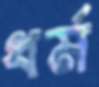
ধর্ম